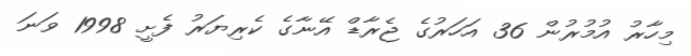
މިހާރު އުމުރުން 36 އަހަރުގެ ޖެރާޑް އޭނާގެ ކެރިޔަރު ފެށީ 1998 ވަނަ